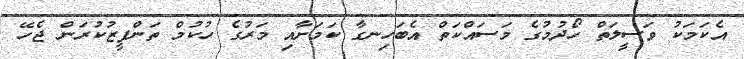
އެކަމަކު ވަސީލަތް ހޯދުމުގެ މަސައްކަތް އެބަހިނގާ ކަމަށާއި މަރުގެ ހުކުމް ތަންފީޒުކުރަން ޖެހޭ